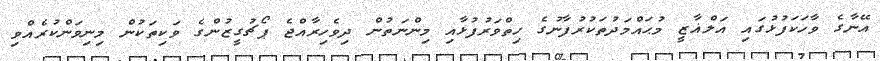
އޭނާގެ ވާހަކަފުޅުގައި އަލްޣާޒީ މުޙައްމަދުތަކުރުފާނުގެ ހިތްވަރުފުޅާއި މިންނަތުން ދިވެހިރާއްޖެ ޕޯޗުގީޒުންގެ ވަކިތަކުން މިނިވަންކުރެއްވި